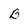
Character: B